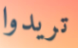
تريدوا